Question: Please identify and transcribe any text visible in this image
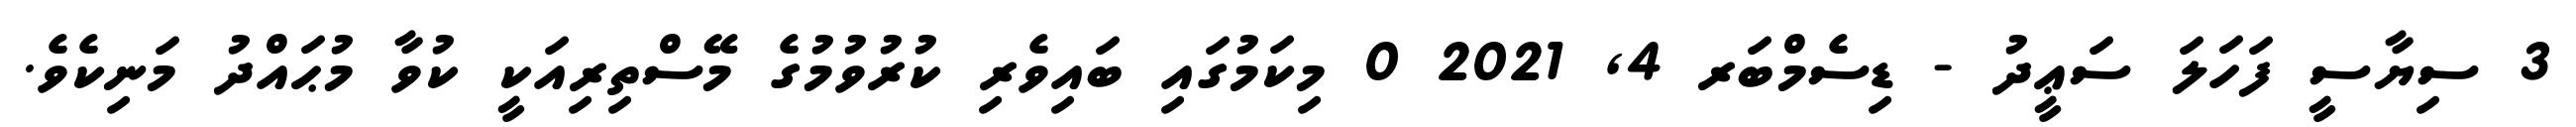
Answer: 3 ސިޔާސީ ފަހަލަ ސަޢީދު - ޑިސެމްބަރ 4, 2021 0 މިކަމުގައި ބައިވެރި ކުރުވުމުގެ މޭސްތިރިއަކީ ކުވާ މުޙައްދު މަނިކެވެ.